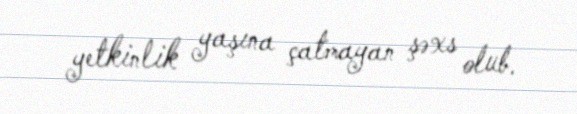
yetkinlik yaşına çatmayan şəxs olub.